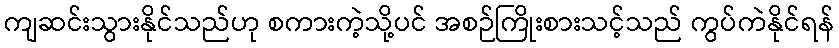
ကျဆင်းသွားနိုင်သည်ဟု စကားကဲ့သို့ပင် အစဉ်ကြိုးစားသင့်သည် ကွပ်ကဲနိုင်ရန်